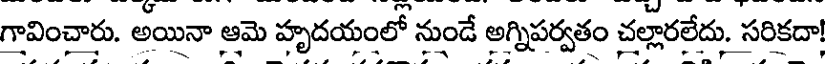
గావించారు. అయినా ఆమె హృదయంలో నుండే అగ్నిపర్వతం చల్లారలేదు. సరికదా!